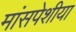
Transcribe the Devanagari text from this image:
मांसपेशीया